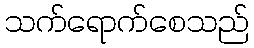
သက်ရောက်စေသည်